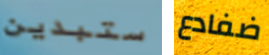
ستبدين ضفادع